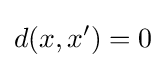
d(x,x')=0